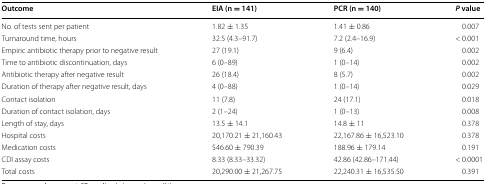
<table><thead><tr><td><b>Outcome</b></td><td><b>EIA (n = 141)</b></td><td><b>PCR (n = 140)</b></td><td><b><i>P</i> value</b></td></tr></thead><tbody><tr><td>No. of tests sent per patient</td><td>1.82 ± 1.35</td><td>1.41 ± 0.86</td><td>0.007</td></tr><tr><td>Turnaround time, hours</td><td>32.5 (4.3–91.7)</td><td>7.2 (2.4–16.9)</td><td>&lt; 0.001</td></tr><tr><td>Empiric antibiotic therapy prior to negative result</td><td>27 (19.1)</td><td>9 (6.4)</td><td>0.002</td></tr><tr><td>Time to antibiotic discontinuation, days</td><td>6 (0–89)</td><td>1 (0–14)</td><td>0.002</td></tr><tr><td>Antibiotic therapy after negative result</td><td>26 (18.4)</td><td>8 (5.7)</td><td>0.002</td></tr><tr><td>Duration of therapy after negative result, days</td><td>4 (0–88)</td><td>1 (0–14)</td><td>0.029</td></tr><tr><td>Contact isolation</td><td>11 (7.8)</td><td>24 (17.1)</td><td>0.018</td></tr><tr><td>Duration of contact isolation, days</td><td>2 (1–24)</td><td>1 (0–13)</td><td>0.008</td></tr><tr><td>Length of stay, days</td><td>13.5 ± 14.1</td><td>14.8 ± 11</td><td>0.378</td></tr><tr><td>Hospital costs</td><td>20,170.21 ± 21,160.43</td><td>22,167.86 ± 16,523.10</td><td>0.378</td></tr><tr><td>Medication costs</td><td>546.60 ± 790.39</td><td>188.96 ± 179.14</td><td>0.191</td></tr><tr><td>CDI assay costs</td><td>8.33 (8.33–33.32)</td><td>42.86 (42.86–171.44)</td><td>&lt; 0.0001</td></tr><tr><td>Total costs</td><td>20,290.00 ± 21,267.75</td><td>22,240.31 ± 16,535.50</td><td>0.391</td></tr></tbody></table>